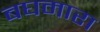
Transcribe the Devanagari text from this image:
बघमारा